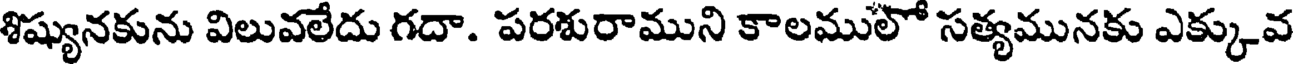
శిష్యునకును విలువలేదు గదా. పరశురాముని కాలములో సత్యమునకు ఎక్కువ